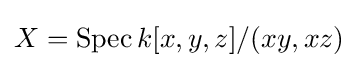
X=\operatorname {Spec} k[x,y,z]/(xy,xz)